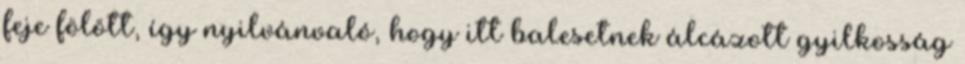
feje fölött, így nyilvánvaló, hogy itt balesetnek álcázott gyilkosság